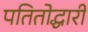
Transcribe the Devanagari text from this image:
पतितोद्धारी